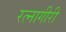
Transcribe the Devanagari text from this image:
रत्नागीरी